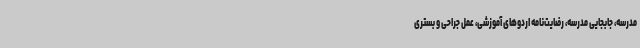
مدرسه، جابجایی مدرسه، رضایت‌نامه اردوهای آموزشی، عمل جراحی و بستری